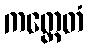
ကတ္ထေတံ